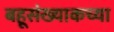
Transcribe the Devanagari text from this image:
बहूसंख्याकच्या